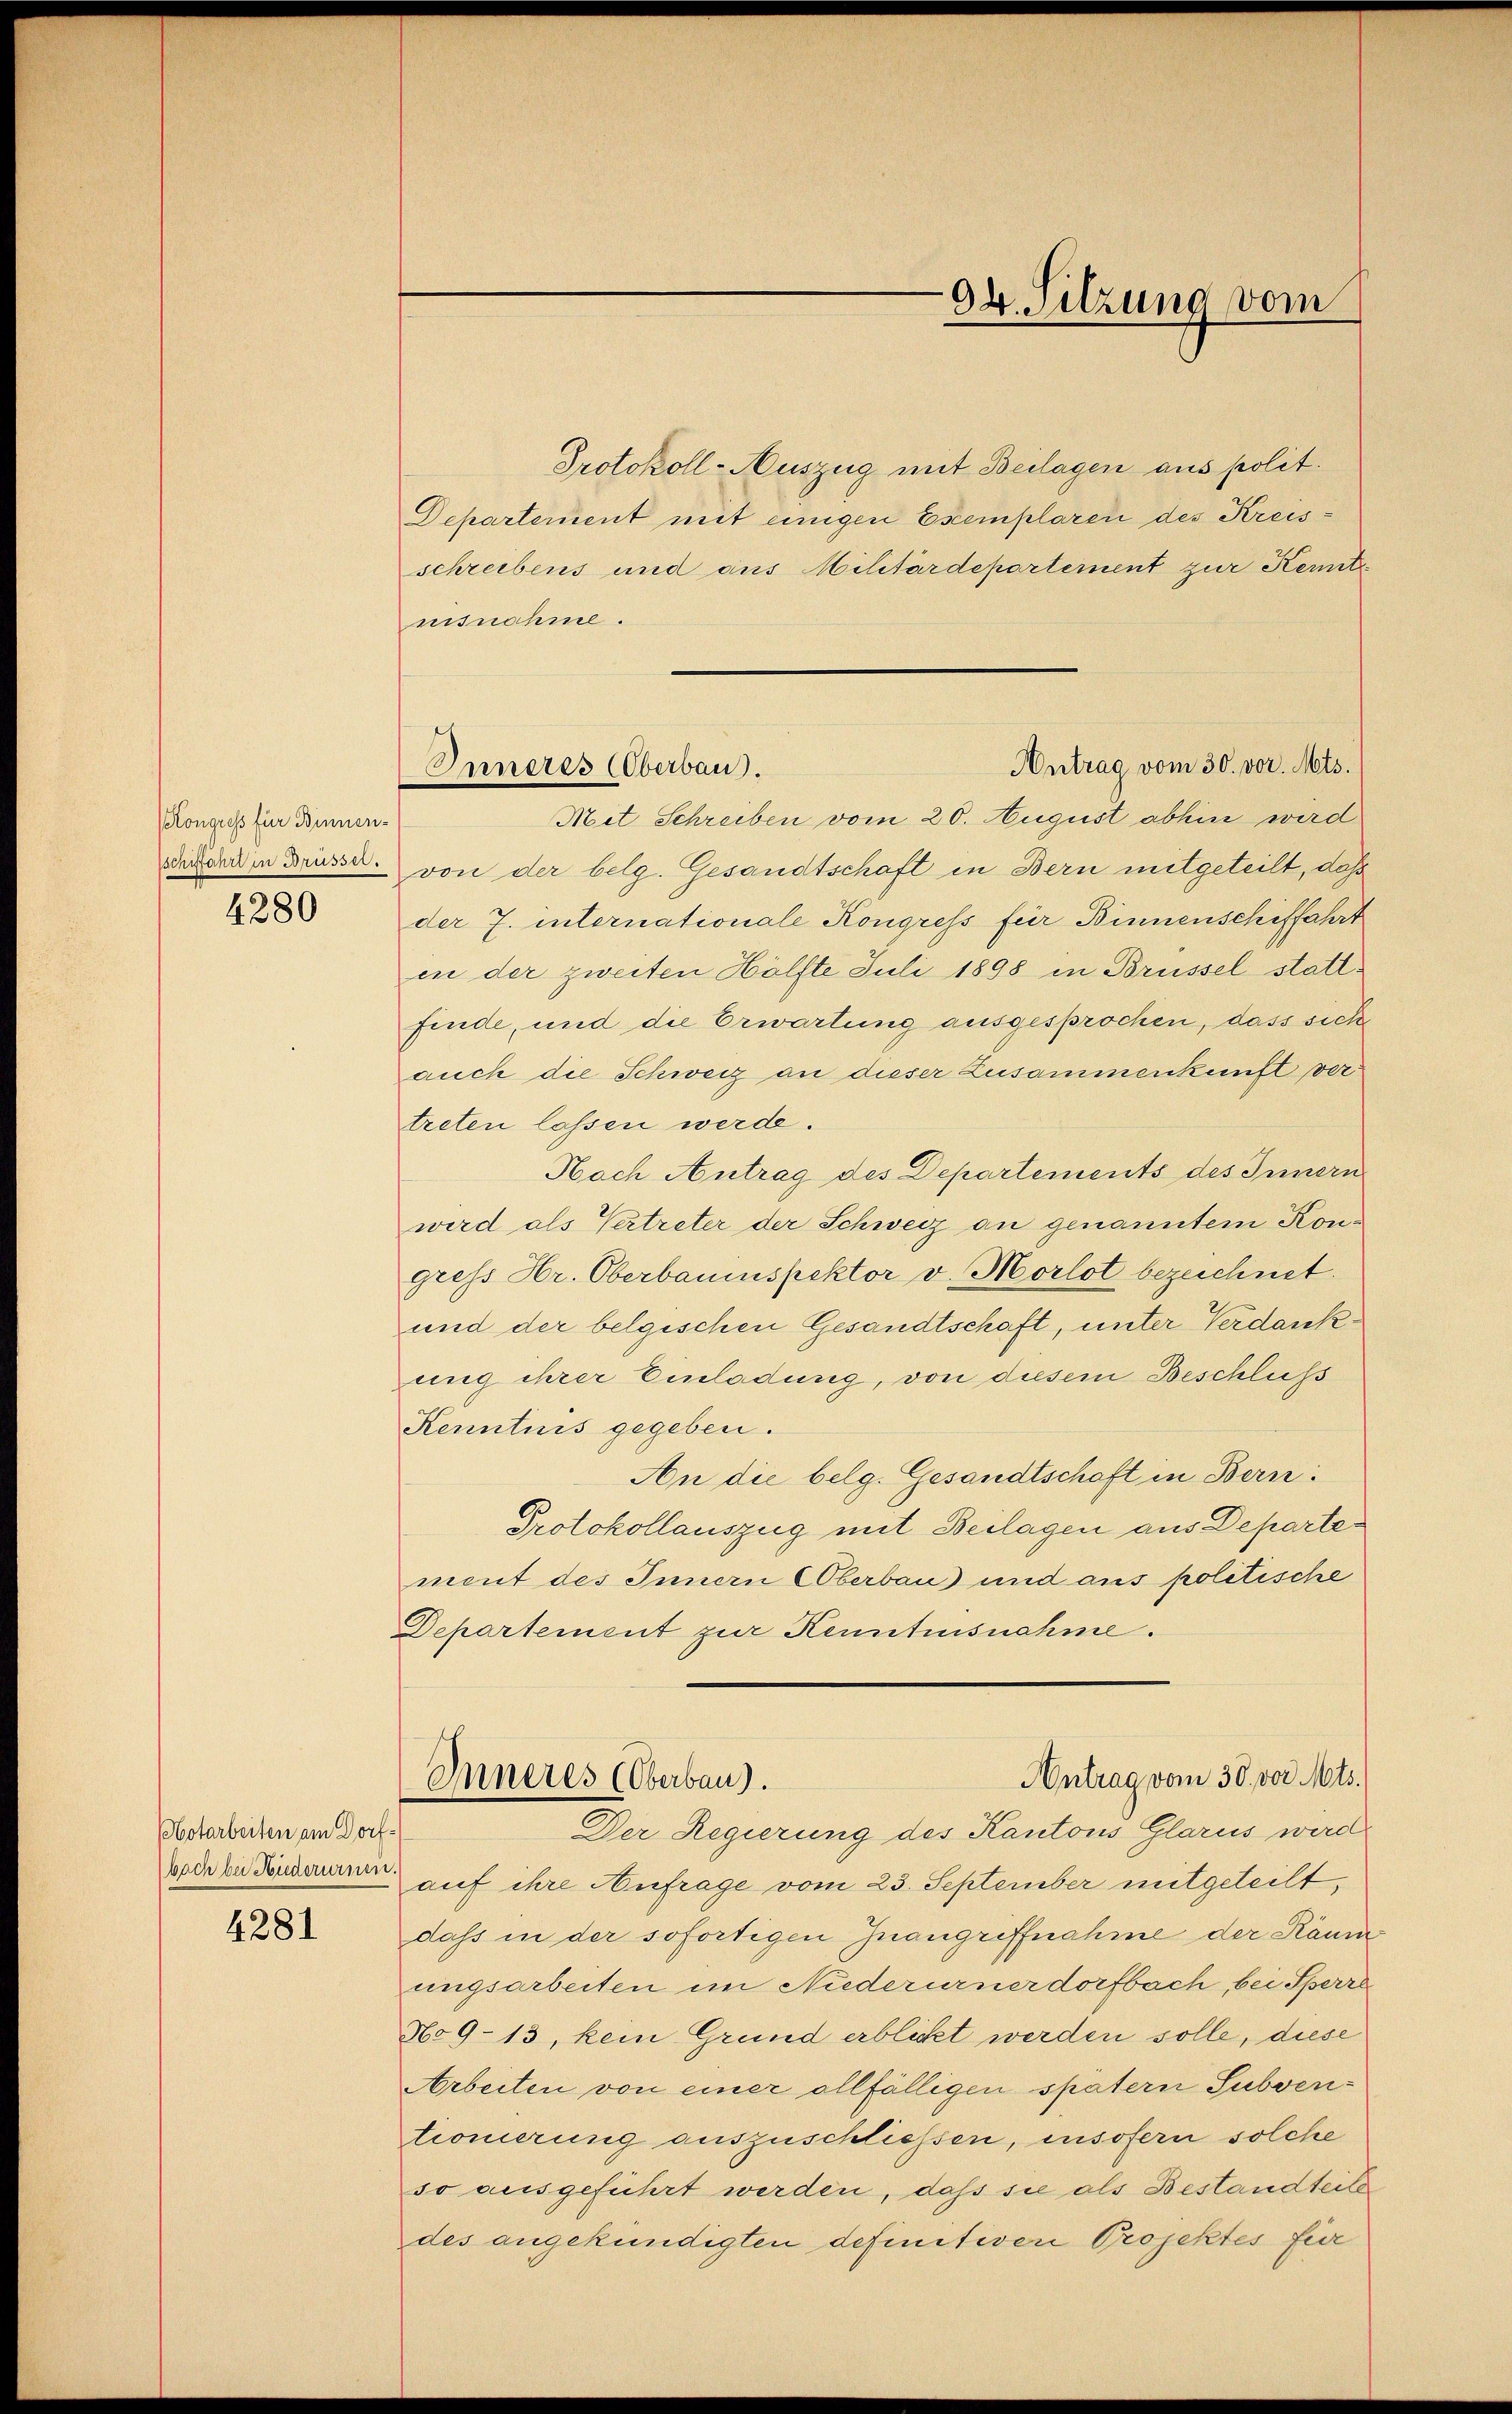
Kongress für Binnen¬
4280

otarbeiten am Dorf¬

4281

Protokoll-Auszug mit Beilagen aus polit.
Departement mit einigen Escemplaren des Kreisschreibens und aus Militärdepartement zur Kennt
nisnahme.
Mit Schreiben vom 20. August abhin wird
wider in Brüsse von der belg. Gesandtschaft in Bern mitgeteilt, daß
der J. internationale Kongress für Binnenschiffahrt
en der zweiten Hälfte Juli 1898 in Brüssel stattfinde, und die Erwartung ausgesprochen, dass sich
auch die Schweiz an dieser Zusammenkunft vertreten lassen werde.
Nach Antrag des Departements des Innern
wird als Vertreter der Schweiz an genanntem Kongress Hr. Oberbaumspektor v. Morlot bezeichnet.
und der belgischen Gesandtschaft, unter Verdankung ihrer Einladung, von diesem Beschluss
Kenntnis gegeben.
An die belg. Gesandtschaft in Bern:
Protokollauszug mit Beilagen aus Departement des Innern Oberbau und aus politische
Departement zur Kenntnisnahme.
Antrag vom 30. vor. Mts.
Inneres (Oberbau).
Der Regierung des Kantons Glarus wird
Boden Sonderum auf ihre Aufrage vom 23. September mitgeteilt,
dass in der sofortigen Inangriffnahme der Räum
ungsarbeiten im Niederurnerdorfbach bei Sperre
No9-13, kein Grund erblickt werden solle, diese
Arbeiten von einer allfälligen spätern Subventionierung auszuschliessen, insofern solche
so ausgeführt werden, daß sie als Bestandteils
des angekündigten definitiver Projektes für

94. Sitzung vom

Antrag vom 30. vor. Mts.
Inneres (Oberbau.